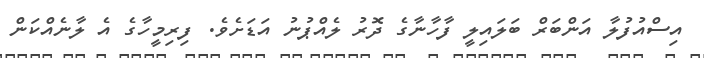
އިސްއުފުލާ އަންބަރް ބަލައިލީ ފާހާނާގެ ދޮރު ލެއްޕުނު އަޑަށެވެ. ފިރިމީހާގެ އެ ލާނެއްކަން